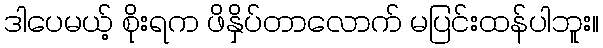
ဒါပေမယ့် စိုးရက ဖိနှိပ်တာလောက် မပြင်းထန်ပါဘူး။